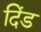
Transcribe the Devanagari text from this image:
दिंड